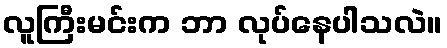
လူကြီးမင်းက ဘာ လုပ်နေပါသလဲ။